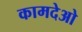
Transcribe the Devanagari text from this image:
कामदेओ